Scottish Leaving Certificate Examination, 1959
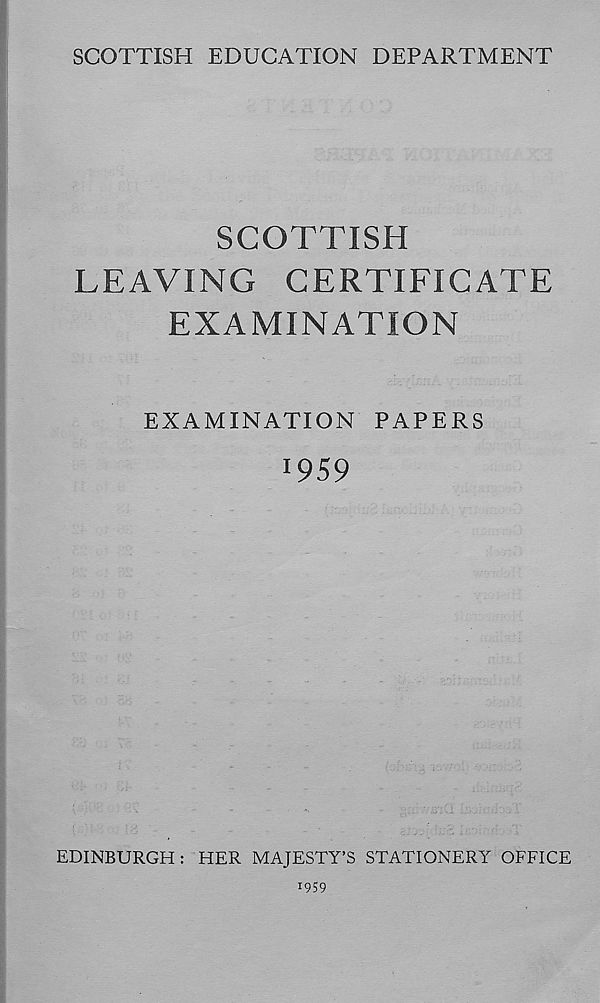
SCOTTISH EDUCATION DEPARTMENT
SCOTTISH
LEAVING CERTIFICATE
EXAMINATION
EXAMINATION PAPERS
! 959
EDINBURGH: HER MAJESTY’S STATIONERY OFFICE
*959